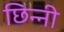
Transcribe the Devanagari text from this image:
छिन्‍नी